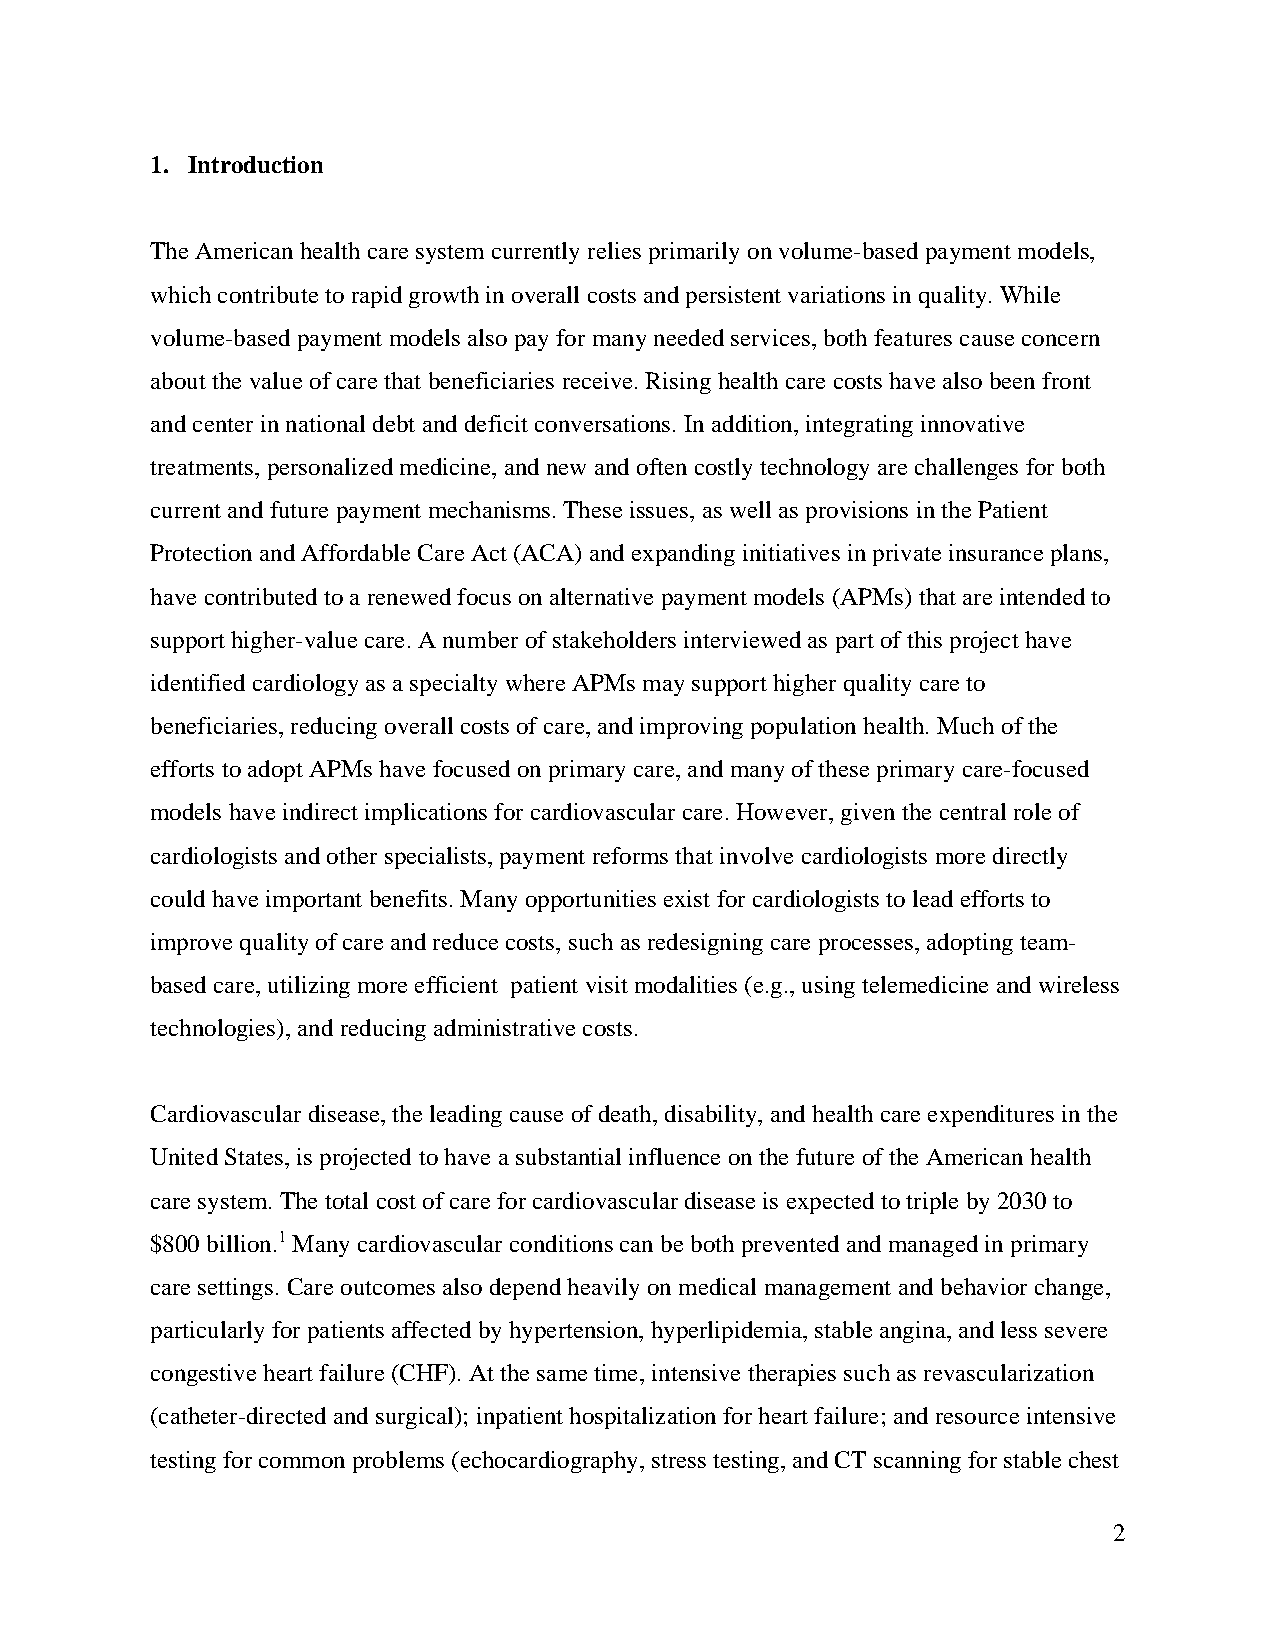
1. Introduction
 The American health care system currently relies primarily on volume-based payment models,
 which contribute to rapid growth in overall costs and persistent variations in quality. While
 volume-based payment models also pay for many needed services, both features cause concern
 about the value of care that beneficiaries receive. Rising health care costs have also been front
 and center in national debt and deficit conversations. In addition, integrating innovative
 treatments, personalized medicine, and new and often costly technology are challenges for both
 current and future payment mechanisms. These issues, as well as provisions in the Patient
 Protection and Affordable Care Act (ACA) and expanding initiatives in private insurance plans,
 have contributed to a renewed focus on alternative payment models (APMs) that are intended to
 support higher-value care. A number of stakeholders interviewed as part of this project have
 identified cardiology as a specialty where APMs may support higher quality care to
 beneficiaries, reducing overall costs of care, and improving population health. Much of the
 efforts to adopt APMs have focused on primary care, and many of these primary care-focused
 models have indirect implications for cardiovascular care. However, given the central role of
 cardiologists and other specialists, payment reforms that involve cardiologists more directly
 could have important benefits. Many opportunities exist for cardiologists to lead efforts to
 improve quality of care and reduce costs, such as redesigning care processes, adopting team-
 based care, utilizing more efficient patient visit modalities (e.g., using telemedicine and wireless
 technologies), and reducing administrative costs.
 Cardiovascular disease, the leading cause of death, disability, and health care expenditures in the
 United States, is projected to have a substantial influence on the future of the American health
 care system. The total cost of care for cardiovascular disease is expected to triple by 2030 to
 $800 billion.1 Many cardiovascular conditions can be both prevented and managed in primary
 care settings. Care outcomes also depend heavily on medical management and behavior change,
 particularly for patients affected by hypertension, hyperlipidemia, stable angina, and less severe
 congestive heart failure (CHF). At the same time, intensive therapies such as revascularization
 (catheter-directed and surgical); inpatient hospitalization for heart failure; and resource intensive
 testing for common problems (echocardiography, stress testing, and CT scanning for stable chest
 2